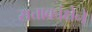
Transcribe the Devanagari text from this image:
सत्ताकांक्षेने